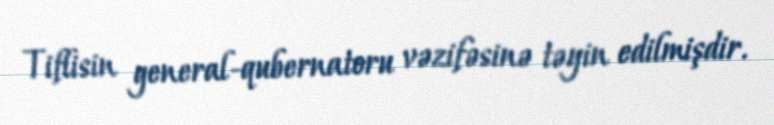
Tiflisin general-qubernatoru vəzifəsinə təyin edilmişdir.